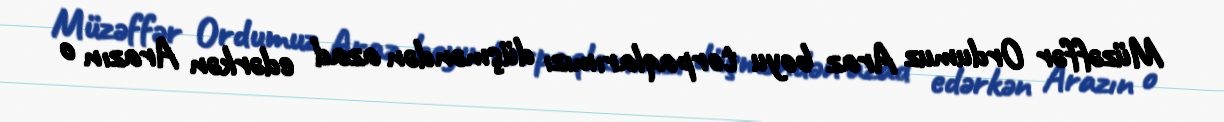
Müzəffər Ordumuz Araz boyu torpaqlarımızı düşməndən azad edərkən Arazın o